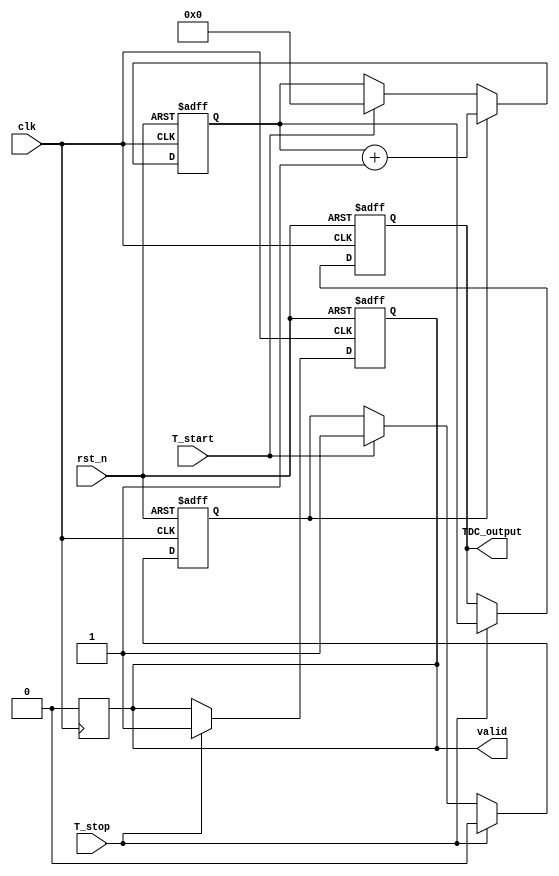
module TDC_Vernier (
    input wire clk,               // System clock
    input wire rst_n,             // Active low reset
    input wire T_start,           // Start signal
    input wire T_stop,            // Stop signal
    output reg [15:0] TDC_output, // 16-bit TDC output
    output reg valid              // Output valid signal
);
    
    // Parameters for delay lines
    parameter DELAY_COUNT = 16;   // Number of delay elements in each line
    parameter DELAY_INCREMENT = 1; // Time increment for each delay element

    // Delay lines (Reference and Measuring)
    reg [DELAY_COUNT-1:0] ref_delay [0:DELAY_COUNT-1]; // Reference delay line
    reg [DELAY_COUNT-1:0] meas_delay [0:DELAY_COUNT-1]; // Measuring delay line
    
    // Internal signals
    reg [DELAY_COUNT-1:0] ref_out; // Output of Reference Delay Line
    reg [DELAY_COUNT-1:0] meas_out; // Output of Measuring Delay Line
    reg [15:0] counter;             // Digital counter
    reg measuring;                  // Measurement state

    // Initialize the delay lines
    integer i;
    initial begin
        for (i = 0; i < DELAY_COUNT; i = i + 1) begin
            ref_delay[i] = 1'b1; // Set reference delay to fixed value
            meas_delay[i] = 1'b1; // Set measuring delay to slightly varying values
        end
    end

    // Counter logic
    always @(posedge clk or negedge rst_n) begin
        if (!rst_n) begin
            counter <= 0;
            valid <= 0;
            measuring <= 0;
            TDC_output <= 0;
        end else begin
            if (T_start) begin
                measuring <= 1; // Start measuring
                counter <= 0;   // Reset counter
            end
            
            if (measuring) begin
                counter <= counter + 1; // Increment counter
            end
            
            if (T_stop) begin
                measuring <= 0; // Stop measuring
                valid <= 1;     // Set output valid
                // Capture the counter value
                TDC_output <= counter; 
            end
        end
    end

    // Comparator logic
    always @(posedge clk) begin
        if (valid) begin
            // Here we could implement the comparison logic
            // between ref_out and meas_out to fine-tune the output
            // However, for simplicity, we're assuming the counter value
            // directly represents the time difference.
            // More complex logic would be required for actual delay line comparisons.
            valid <= 0; // Reset valid after capturing output
        end
    end

endmodule